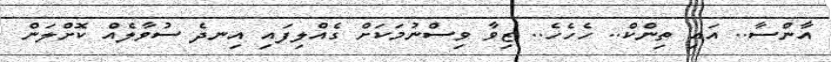
އާންސާ.. އައި ތިންކް.. ހެހެހެ.. ޒިވާ ވިސްނުމަކަށް ގެއްލިފައި އިނދެ ސުވާލެއް ކޮށްލަން